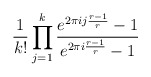
\begin{align*}\frac{1}{k!}\prod_{j=1}^k\frac{e^{2\pi i j \frac{r-1}{r}}-1}{e^{2\pi i \frac{r-1}{r}}-1}\end{align*}